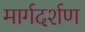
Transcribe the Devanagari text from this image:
मार्गदर्शण